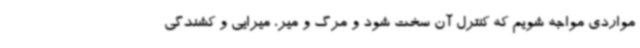
مواردی مواجه شویم که کنترل آن سخت شود و مرگ و میر، میرایی و کشندگی